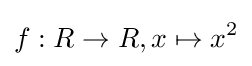
f:R\rightarrow R,x\mapsto x^{2}